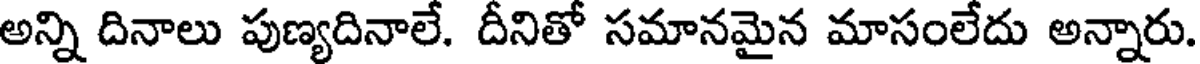
అన్ని దినాలు పుణ్యదినాలే. దీనితో సమానమైన మాసంలేదు అన్నారు.